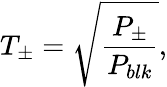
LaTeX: T_{\pm}=\sqrt{\frac{P_{\pm}}{P_{blk}}},